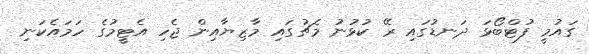
ގައުމީ ފުޓްބޯޅަ ދަނޑުގައި ރޭ ކުޅުނު މެޗުގައި މާޒިޔާއިން ޖެހި އެޓީމުގެ ހަމައެކަނި